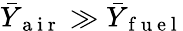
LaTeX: \bar{Y}_{\mathrm{~a~i~r~}}\gg\bar{Y}_{\mathrm{~f~u~e~l~}}